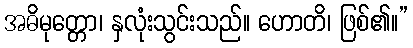
အဓိမုတ္တော၊ နှလုံးသွင်းသည်။ ဟောတိ၊ ဖြစ်၏။”